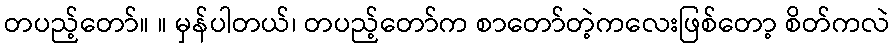
တပည့်တော်။ ။ မှန်ပါတယ်၊ တပည့်တော်က စာတော်တဲ့ကလေးဖြစ်တော့ စိတ်ကလဲ